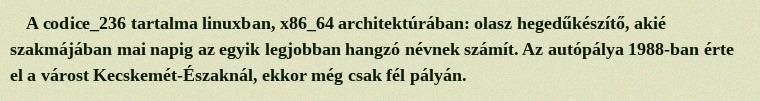
A codice_236 tartalma linuxban, x86_64 architektúrában: olasz hegedűkészítő, akié szakmájában mai napig az egyik legjobban hangzó névnek számít. Az autópálya 1988-ban érte el a várost Kecskemét-Északnál, ekkor még csak fél pályán.